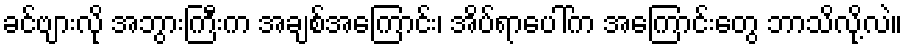
ခင်ဗျားလို အဘွားကြီးက အချစ်အကြောင်း၊ အိပ်ရာပေါ်က အကြောင်းတွေ ဘာသိလို့လဲ။